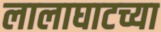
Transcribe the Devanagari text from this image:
लालाघाटच्या